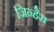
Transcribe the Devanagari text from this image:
जिन्हैरा